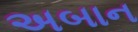
અબાન